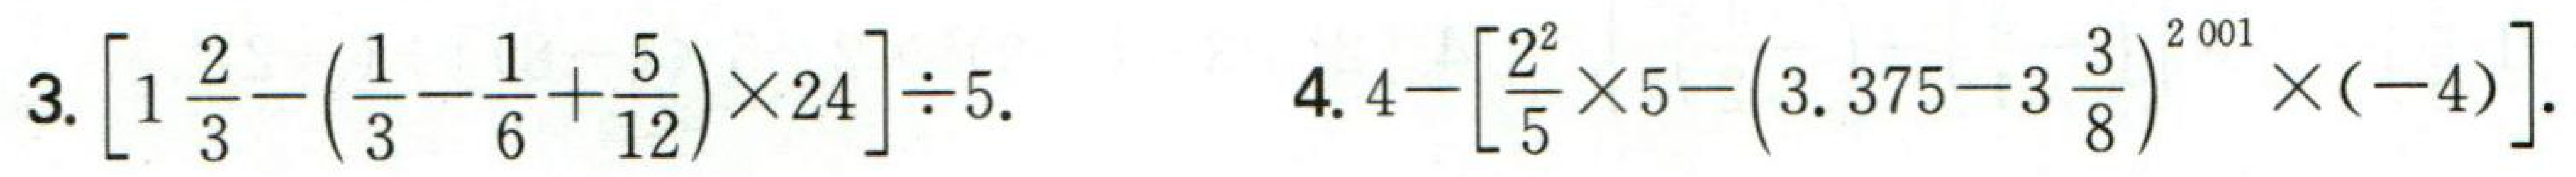
3. $\left[1\frac{2}{3}-\left(\frac{1}{3}-\frac{1}{6}+\frac{5}{12}\right)\times24\right]\div5$. 4. $4-\left[\frac{2^{2}}{5}\times5-\left(3.375 - 3\frac{3}{8}\right)^{2001}\times(-4)\right]$.